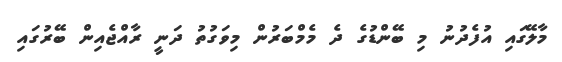
މާލޭގައި އުފެދުނު މި ބޭންޑުގެ ދެ މެމްބަރުން މިވަގުތު ދަނީ ރާއްޖެއިން ބޭރުގައި